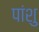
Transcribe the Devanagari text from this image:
पांशु